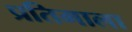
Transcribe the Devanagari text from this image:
प्रतिमाला